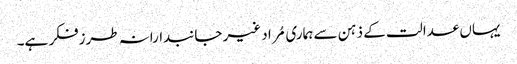
یہاں عدالت کے ذہن سے ہماری مُراد غیر جانبدارانہ طرزفکر ہے۔